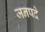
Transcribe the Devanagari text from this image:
जनपदे